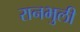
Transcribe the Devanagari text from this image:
रानभुली